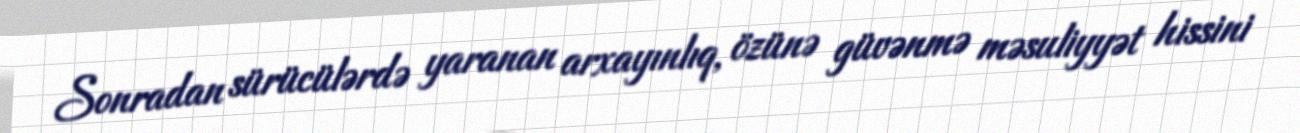
Sonradan sürücülərdə yaranan arxayınlıq, özünə güvənmə məsuliyyət hissini